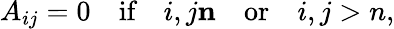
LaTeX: A_{ij}=0\quad\textrm{if}\quad i,j\le n\quad\textrm{or}\quad i,j>n,